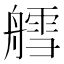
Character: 艝